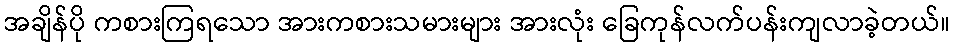
အချိန်ပို ကစားကြရသော အားကစားသမားများ အားလုံး ခြေကုန်လက်ပန်းကျလာခဲ့တယ်။